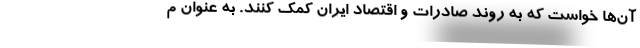
آن‌ها خواست که به روند صادرات و اقتصاد ایران کمک کنند. به عنوان م